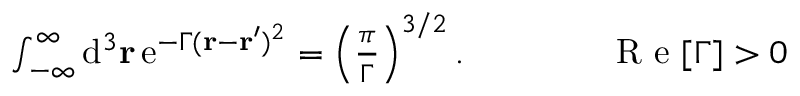
\begin{array} { r } { \ \ \ \ \ \ \ \ \ \int _ { - \infty } ^ { \infty } \mathrm { d } ^ { 3 } \mathbf { r } \, \mathrm { e } ^ { - \Gamma ( \mathbf { r } - \mathbf { r } ^ { \prime } ) ^ { 2 } } = \left( \frac { \pi } { \Gamma } \right) ^ { 3 / 2 } . \ \ \ \ \ \ \ \ \ \ \ \ \mathrm { ~ R ~ e ~ } [ \Gamma ] > 0 } \end{array}